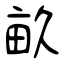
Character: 畝